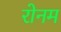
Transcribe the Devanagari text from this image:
रोनम